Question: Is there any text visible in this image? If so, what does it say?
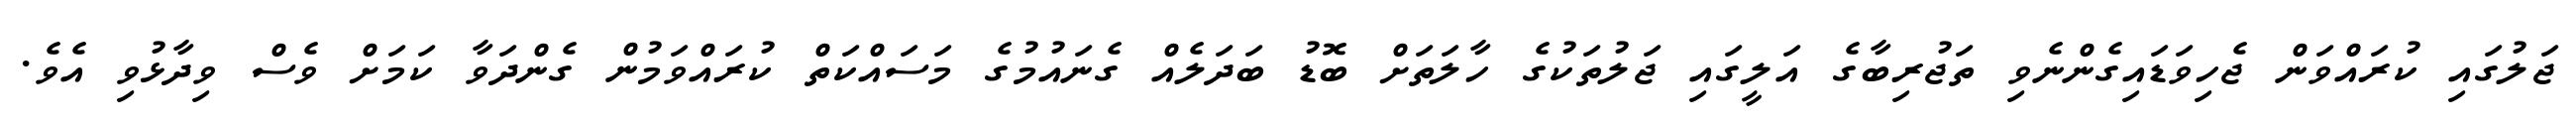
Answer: ޖަލުގައި ކުރައްވަން ޖެހިވަޑައިގެންނެވި ތަޖުރިބާގެ އަލީގައި ޖަލުތަކުގެ ހާލަތަށް ބޮޑު ބަދަލެއް ގެނައުމުގެ މަސައްކަތް ކުރައްވަމުން ގެންދަވާ ކަމަށް ވެސް ވިދާޅުވި އެވެ.